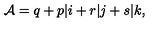
{ \cal A } = q + p \vert i + r \vert j + s \vert k ,